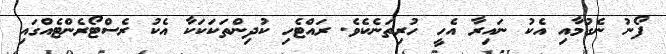
ފޯނު ނެގުމާއި އެކު ނައިރާ އެހީ ހުރިތަނެކެވެ. ރައްޓެހި ކުދިންތަކަކަކާ އެކު ރެސްޓޯރެންޓެއްގައި